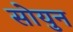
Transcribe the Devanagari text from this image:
सोयुन